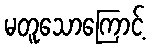
မတူသောကြောင့်